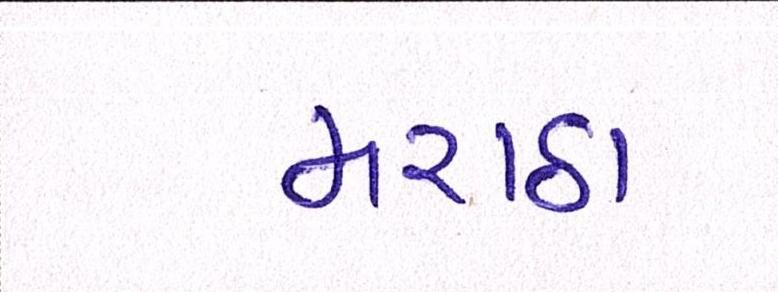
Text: મરાઠા